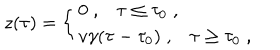
LaTeX: z ( \tau ) = \left\{ \begin{array} { l } { { 0 \; , \tau \leq \tau _ { 0 } \; , } } \\ { { v \gamma ( \tau - \tau _ { 0 } ) \; , \tau \geq \tau _ { 0 } \; , } } \\ \end{array} \right.